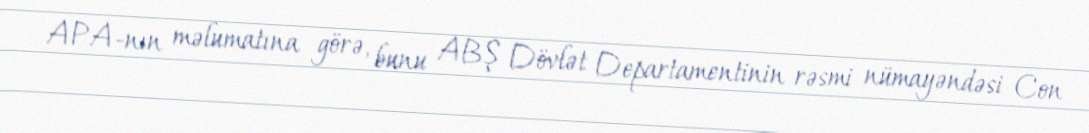
APA-nın məlumatına görə, bunu ABŞ Dövlət Departamentinin rəsmi nümayəndəsi Con